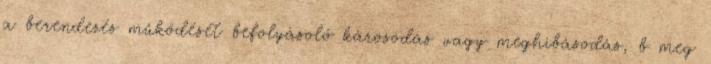
a berendezés mûködését befolyásoló károsodás vagy meghibásodás, b meg